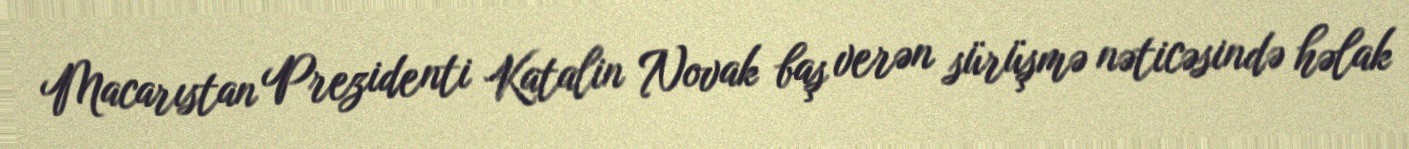
Macarıstan Prezidenti Katalin Novak baş verən sürüşmə nəticəsində həlak